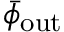
\bar { \phi } _ { \mathrm { o u t } }